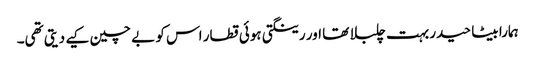
ہمارا بیٹا حیدر بہت چلبلا تھا اور رینگتی ہوئی قطار اس کو بے چین کیے دیتی تھی۔